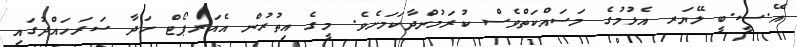
އޭ.ސީ.ބީ ލޭޔަރ އެޅުމުގެ މަސައްކަތްވެސް ކުރަމުންދާކަމަށެވެ. މީގެ އިތުރުން އެއަރޕޯޓް ހަދާ ސަރަހައްދުގައި